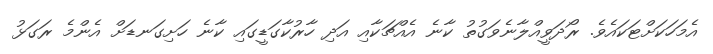
އެމަހަކަށްޓަކައެވެ. ރޯދަވީއްލާނެވަގުތު ކާނެ އެއްޗަކާއި އަދި ހާރުކާގަޑީގައި ކާނެ ހަށިގަނޑަށް އެންމެ ރަގަޅު